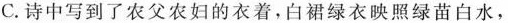
C.诗中写到了农父农妇的衣着，白裙绿衣映照绿苗白水，